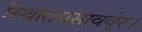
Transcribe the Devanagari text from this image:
स्थितिमसाववे्र।